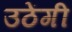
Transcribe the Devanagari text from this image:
उठेंगी